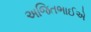
અજિતભાઈએ